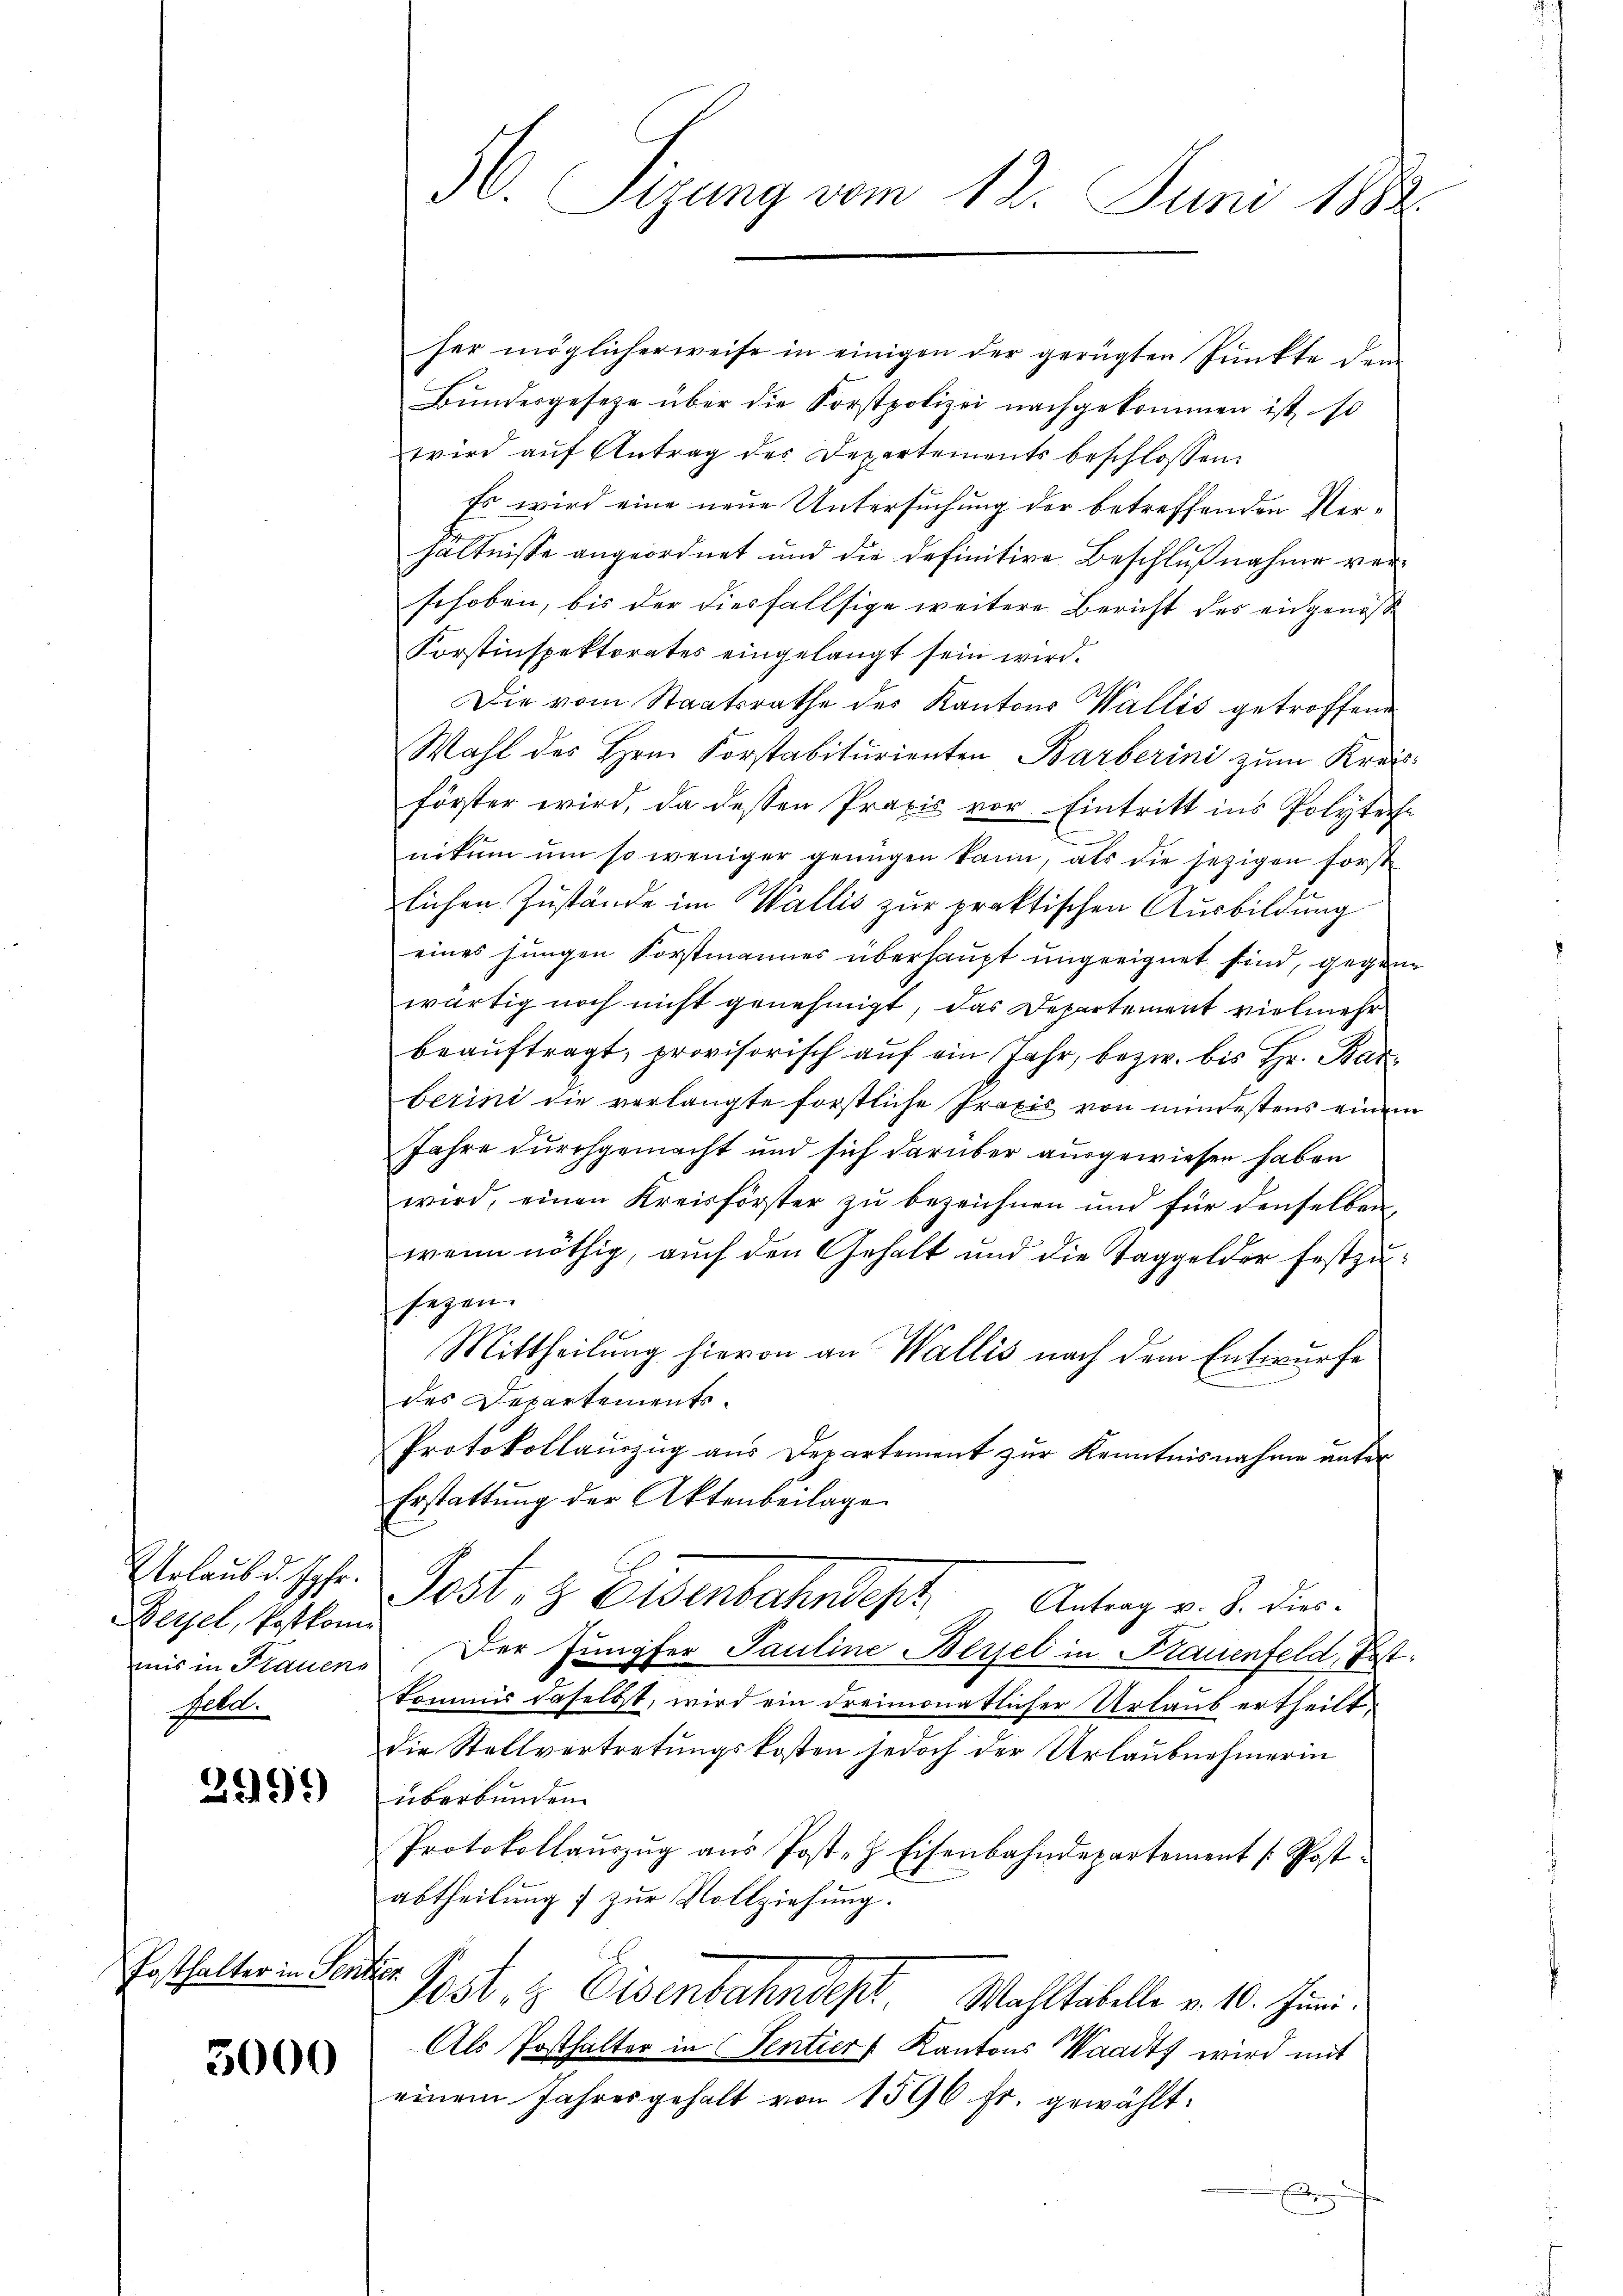
Urlaub d. Jahr.
Beyel, Postkom
mis in Frauens
Meld.

2999

Posthalter in Sentier

3000

56. Sizung vom 12. Juni 1888.

her möglicherweise in einigen der gerügten Pŭnkte dem
Bundesgesetze über die Forstpolizei nachgekommen ist, so
wird aŭf Antrag des Departements beschlossen:
Es wird eine neue Untersuchung der betreffenden Verhältnisse angeordnet und die definitive Beschlußnahme verschoben, bis der diesfallsige weitere Bericht des eingenöß
Korstinspektorates eingelangt sein wird.
Die vom Staatsrathe des Kantons Wallis getroffene
Wahl des Hrn. Korstabiturienten Barberini zum Kreisförster wird, da dessen Praxis vor Eintritt ins Polyteche
nikum um so weniger genügen kann, als die jezigen forst
rlichen Zustände im Wallis zur praktischen Ausbildung
eines jungen Forstmannes überhaupt ungeeignet sind, gegenwärtig noch nicht genehmigt, das Departement vielmehr
beaŭftragt, provisorisch auf ein Jahr, bezw. bis Hr. Barberini die verlangte forstliche Praxis von mindestens einem
Jahre durchgemacht und sich darüber ausgewiesen haben
wird, einen Kreisförster zŭ bezeichnen und für denselben,
wenn nöthig, auch den Gehalt und die Taggelder festzusezen.
Mittheilung hievon an Wallis nach dem Entwurfe
des Departements¬
Protokollauszug aus Departement zur Kenntnisnahme unter
Erstattung der Aktenbeilage
Festo z. Eisenbahndeph Antrag v. J. die
Der Jungfer Pauline Bessel in Frauenfeld, Postkommis daselbst, wird ein dreimonatlicher Urlaub ertheilt,
die Stellvertretungskosten jedoch der Urlaubnehmerin
überbunden.
Protokollauszug aus Post- & Eisenbahndepartement [Postabtheilŭng zŭr Vollziehŭng.
Post & Eisenbahndept. Wahltabelle v. 10. Juni
Als Posthalter in Sentiers Kantons Waadt wird mit
einem Jahresgehalt von 1596 fr. gewählt: